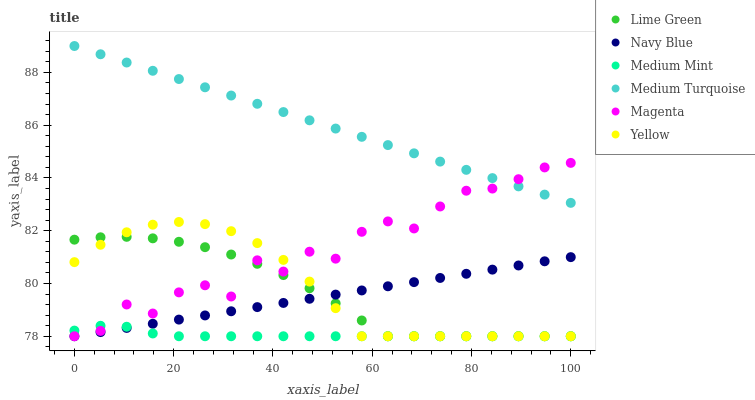
| xaxis_label | Lime Green | Navy Blue | Medium Mint | Medium Turquoise | Magenta | Yellow |
 | --- | --- | --- | --- | --- | --- | --- |
 | 0 | 81.7 | 78 | 78.2 | 89 | 78 | 80.8 |
 | 5.26 | 81.8 | 78.2 | 78.4 | 88.7 | 78.2 | 81.5 |
 | 10.5 | 81.8 | 78.3 | 78.4 | 88.4 | 79.2 | 81.9 |
 | 15.8 | 81.7 | 78.5 | 78.1 | 88.1 | 78.9 | 82.2 |
 | 21.1 | 81.6 | 78.6 | 78 | 87.7 | 79.7 | 82.3 |
 | 26.3 | 81.4 | 78.8 | 78 | 87.4 | 79.9 | 82.2 |
 | 31.6 | 81.1 | 78.9 | 78 | 87.1 | 79.5 | 82 |
 | 36.8 | 80.7 | 79.1 | 78 | 86.8 | 80.9 | 81.5 |
 | 42.1 | 80.3 | 79.3 | 78 | 86.5 | 80.5 | 80.9 |
 | 47.4 | 79.8 | 79.4 | 78 | 86.2 | 81.2 | 80.1 |
 | 52.6 | 79.2 | 79.6 | 78 | 85.9 | 80.9 | 79.1 |
 | 57.9 | 78.6 | 79.7 | 78 | 85.6 | 82 | 78 |
 | 63.2 | 78 | 79.9 | 78 | 85.2 | 82.4 | 78 |
 | 68.4 | 78 | 80.1 | 78 | 84.9 | 82.1 | 78 |
 | 73.7 | 78 | 80.2 | 78 | 84.6 | 82.9 | 78 |
 | 78.9 | 78 | 80.4 | 78 | 84.3 | 83.5 | 78 |
 | 84.2 | 78 | 80.5 | 78 | 84 | 83.6 | 78 |
 | 89.5 | 78 | 80.7 | 78 | 83.7 | 84 | 78 |
 | 94.7 | 78 | 80.8 | 78 | 83.4 | 84.4 | 78 |
 | 100 | 78 | 81 | 78 | 83.1 | 84.6 | 78 |